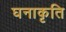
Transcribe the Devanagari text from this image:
घनाकृति